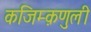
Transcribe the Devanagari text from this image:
कजिम्क़णुली